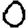
Digit: 0